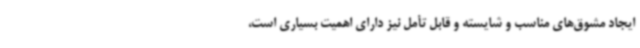
ایجاد مشوق‌های مناسب و شایسته و قابل تأمل نیز دارای اهمیت بسیاری است،